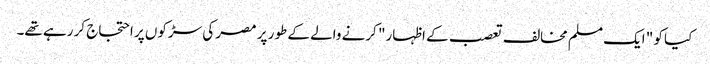
کیا کو " ایک مسلم مخالف تعصب کے اظہار" کرنے والے کے طور پر مصر کی سڑکوں پر احتجاج کر رہے تھے۔